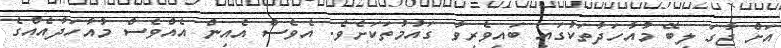
އަށް ޖާގަ ލިބޭ މުއާހަދާތަކުގައި ބައިވެރިވާ ގައުމުތަކަށެވެ. އެވެސް އެއިން އެއްވެސް މުއާހަދާއެއްގެ